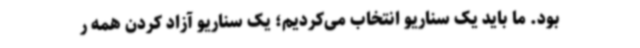
بود. ما باید یک سناریو انتخاب می‌کردیم؛ یک سناریو آزاد کردن همه ر